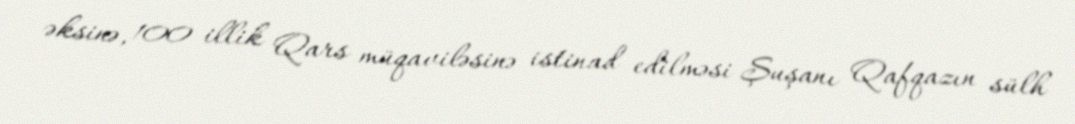
əksinə, 100 illik Qars müqaviləsinə istinad edilməsi Şuşanı Qafqazın sülh